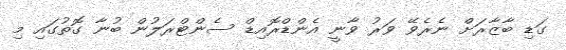
ގަޑި ބާޒާރަށް ނެރެވޭ ވަރު ވާނީ އެންޑްރޮއިޑް ސެންޓްރަލުން ބުނާ ގޮތުގައި މި